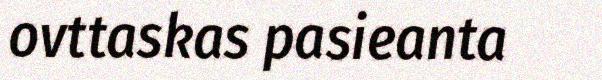
ovttaskas pasieanta